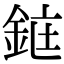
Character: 𫒜